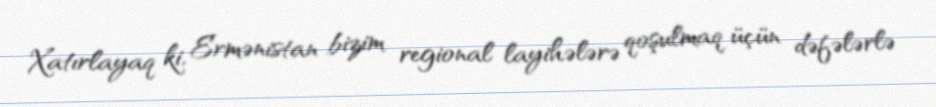
Xatırlayaq ki, Ermənistan bizim regional layihələrə qoşulmaq üçün dəfələrlə